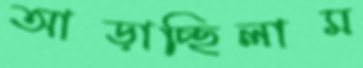
আছ্‌ড়াচ্ছিলাম